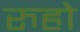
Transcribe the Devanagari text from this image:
रुहो